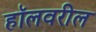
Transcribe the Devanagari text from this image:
हॉलवरील